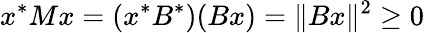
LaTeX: x^{*}Mx=(x^{*}B^{*})(Bx)=\| Bx\| ^{2}\geq 0